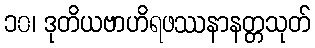
၁၀၊ ဒုတိယဗာဟိရဖဿနာနတ္တသုတ်